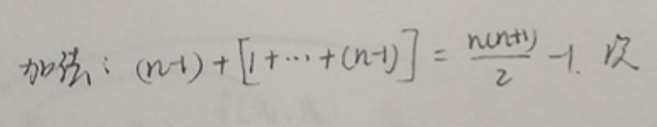
加法：$(n - 1)+[1+\cdots+(n - 1)]=\frac{n(n + 1)}{2}-1.  $及